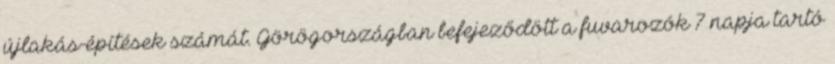
újlakás-építések számát. Görögországban befejeződött a fuvarozók 7 napja tartó